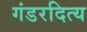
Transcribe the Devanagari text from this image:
गंडरदित्य